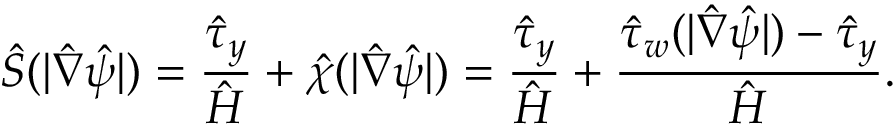
\hat { S } ( | \hat { \nabla } \hat { \psi } | ) = \frac { \hat { \tau } _ { y } } { \hat { H } } + \hat { \chi } ( | \hat { \nabla } \hat { \psi } | ) = \frac { \hat { \tau } _ { y } } { \hat { H } } + \frac { \hat { \tau } _ { w } ( | \hat { \nabla } \hat { \psi } | ) - \hat { \tau } _ { y } } { \hat { H } } .